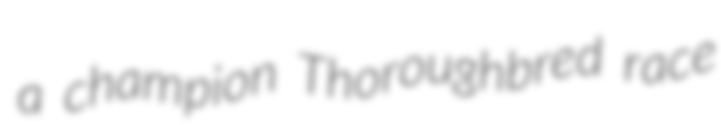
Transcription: a champion Thoroughbred race